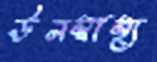
ঊনস্বাস্থ্য